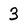
Character: 3